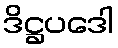
ဒိဋ္ဌပဒေါ